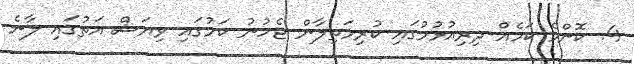
4. ކޮންމެ ކަމެއް ދިރިއުޅުމުގައި ކުރިމަތިލާން ޖެހުނު ކަމުގައި ވިޔަސް އަތުގައި ލާނެ